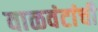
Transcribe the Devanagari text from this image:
वाळवंटांची